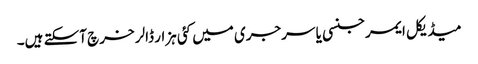
میڈیکل ایمرجنسی یا سرجری میں کئی ہزار ڈالر خرچ آسکتے ہیں۔